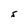
Character: S